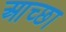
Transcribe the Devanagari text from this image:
आच्छा